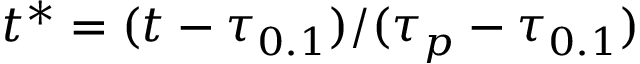
t ^ { * } = ( t - \tau _ { 0 . 1 } ) / ( \tau _ { p } - \tau _ { 0 . 1 } )